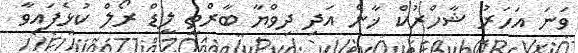
ވަނަ އަހަރު ޝާހްރުކް ޚާން އަދި ދިވްޔާ ބާރްތީ ލީޑް ރޯލް ކުޅެފައިވާ